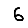
Digit: 6